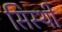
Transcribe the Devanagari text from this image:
सिस्थी